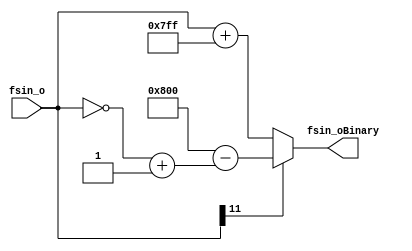
module binaryConverter(fsin_o, fsin_oBinary);

input [11:0] fsin_o;
output reg [11:0] fsin_oBinary;

always
	begin
		if (fsin_o[11] == 1)
			fsin_oBinary = 12'b100000000000 - (~fsin_o + 12'b000000000001);
		else 
			fsin_oBinary = fsin_o + 12'b011111111111;
	end
	
endmodule